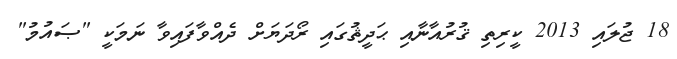
18 ޖުލައި 2013 ކީރިތި ޤުރުއާނާއި ޙަދީޘުގައި ރޯދަޔަށް ދެއްވާފައިވާ ނަމަކީ "ޞައުމު"